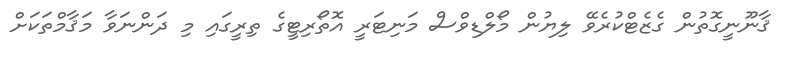
ޤާނޫނީގޮތުން ގެޒެޓްކުރެވޭ ލިޔުން މޯލްޑިވްސް މަނިޓަރީ އޮތޯރިޓީގެ ތިރީގައި މި ދަންނަވާ މަޤާމްތަކަށް